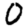
Digit: 0